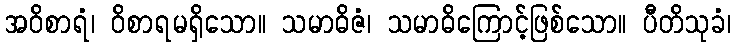
အဝိစာရံ၊ ဝိစာရမရှိသော။ သမာဓိဇံ၊ သမာဓိကြောင့်ဖြစ်သော။ ပီတိသုခံ၊